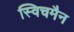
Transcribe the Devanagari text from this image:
स्विचमैन